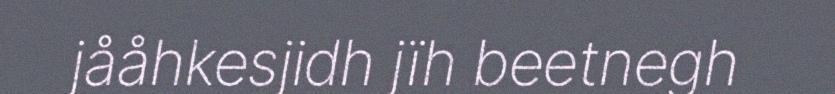
jååhkesjidh jïh beetnegh